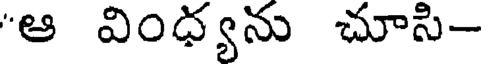
"ఆ వింధ్యను చూసి-